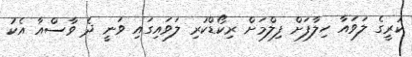
ކުރީގެ ލަވައާ ހިލާފަށް ފިލްމަށް ރިކޯޑްކުރި ލަވައިގައި ވަނީ ދެ ވާސްއާ އެކު